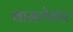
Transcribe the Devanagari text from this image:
वासलेकर